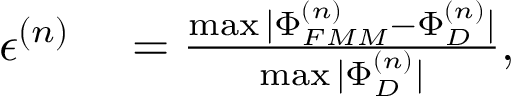
\begin{array} { r l } { \epsilon ^ { ( n ) } } & { { } = \frac { \operatorname* { m a x } | \Phi _ { F M M } ^ { ( n ) } - \Phi _ { D } ^ { ( n ) } | } { \operatorname* { m a x } | \Phi _ { D } ^ { ( n ) } | } , } \end{array}